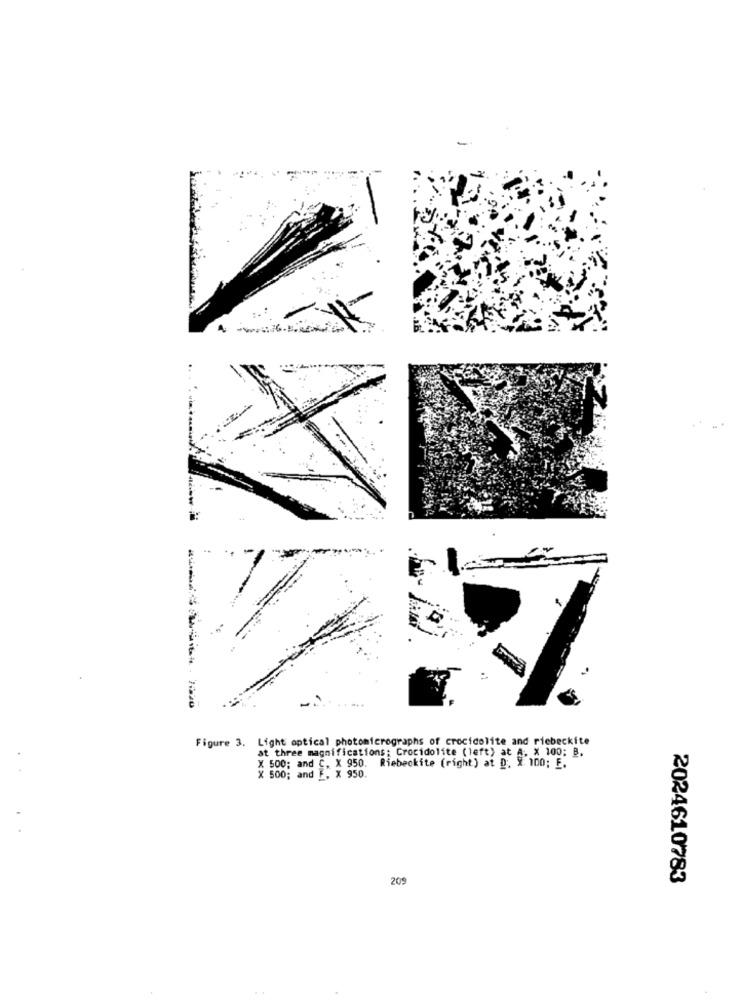
8- 2020
Figure 3. Light optical photomicrographs of crocidolite and ricbeckite
at three magnifications: Crocidolite ( left) at A. X 100; B.
X 500; and C. X 950. Riebeckite (right) at D. #: 100; E.
X 500; and E, x 950.
209
2024610783